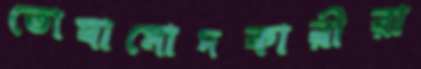
তোষামোদকারীরা